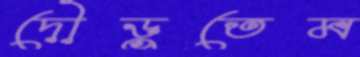
দৌড়ুতেম